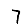
Digit: 7